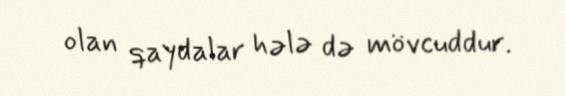
olan qaydalar hələ də mövcuddur.